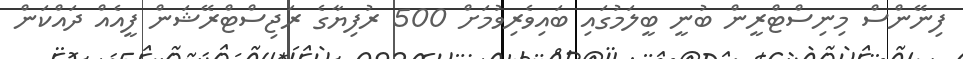
ފިނޭންސް މިނިސްޓްރީން ބުނީ ބީލަމުގައި ބައިވެރިވުމަށް 500 ރުފިޔާގެ ރަޖިސްޓްރޭޝަން ފީއެއް ދައްކަން